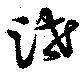
泄